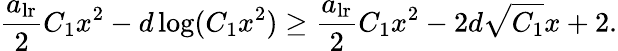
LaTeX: \frac{a_{\mathrm{lr}}}{2}C_{1}x^{2}-d\log(C_{1}x^{2})\geq\frac{a_{\mathrm{lr}}}{2}C_{1}x^{2}-2d\sqrt{C_{1}}x+2.